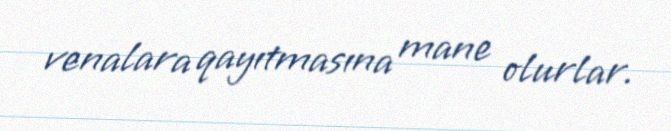
venalara qayıtmasına mane olurlar.